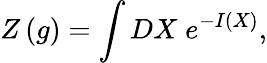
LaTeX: Z\left(g\right)=\int DX\; e^{-I(X)},